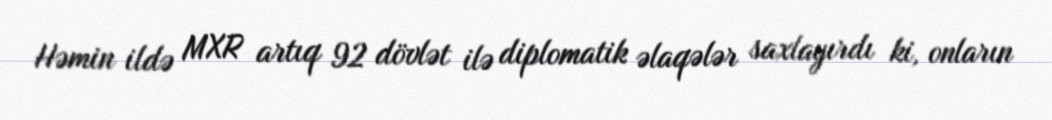
Həmin ildə MXR artıq 92 dövlət ilə diplomatik əlaqələr saxlayırdı ki, onların